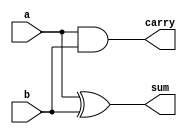
module half_adder(
    input a,
    input b,
    output sum,
    output carry
    );
    
    xor #1 xor1 (sum, a, b);
    and #1 and1 (carry, a, b);
    
endmodule

// build with two half adder
module full_adder(
    input a,
    input b,
    input cin,
    output sum,
    output cout
    );
    
    // wire outputs from the half adder
    wire sum_0;
    wire carry_0;
    wire carry_1;
    
    half_adder uut0_half_adder(a, b, sum_0, carry_0);
    half_adder uut1_half_adder(cin, sum_0, sum, carry_1);
    
    or #1 or1(cout, carry_0, carry_1);
    
endmodule

// build with four concatenate full adder 
module four_bit_adder(
    input [3:0] a,
    input [3:0] b,
    input cin,
    output [3:0] sum,
    output cout
    );
    
    // wire the carry generated by full adder
    wire [2:0] carry_inner;
    
    full_adder uut0_full_adder(
        .a(a[0]),
        .b(b[0]),
        .cin(cin),
        .sum(sum[0]),
        .cout(carry_inner[0])
        );
        
    full_adder uut1_full_adder(
        .a(a[1]),
        .b(b[1]),
        .cin(carry_inner[0]),
        .sum(sum[1]),
        .cout(carry_inner[1])
        );
        
    full_adder uut2_full_adder(
        .a(a[2]),
        .b(b[2]),
        .cin(carry_inner[1]),
        .sum(sum[2]),
        .cout(carry_inner[2])
        );
        
    full_adder uut3_full_adder(
        .a(a[3]),
        .b(b[3]),
        .cin(carry_inner[2]),
        .sum(sum[3]),
        .cout(cout)
        );
        
endmodule

// build with two concatenate 4-bit adder     
module eight_bit_adder(
    input [7:0] a,
    input [7:0] b,
    input cin,
    output [7:0] sum,
    output cout
    );
    
    wire carry_inner;
    
    four_bit_adder uut0_four_bit_adder(
        .a(a[3:0]),
        .b(b[3:0]),
        .cin(cin),
        .sum(sum[3:0]),
        .cout(carry_inner)
    );
    
    four_bit_adder uut1_four_bit_adder(
        .a(a[7:4]),
        .b(b[7:4]),
        .cin(carry_inner),
        .sum(sum[7:4]),
        .cout(cout)
    );
    
endmodule